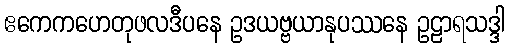
ဧကေကဟေတုဖလဒီပနေ ဥဒယဗ္ဗယာနုပဿနေ ဥဠာရသဒ္ဒါ